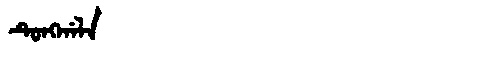
Manchu: ᡨᡠᠩᡤᠠᠯᠠ
Romanization: TUNGGALA